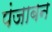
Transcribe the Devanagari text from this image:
पंजाबन